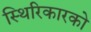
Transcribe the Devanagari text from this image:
स्थिरिकारको